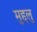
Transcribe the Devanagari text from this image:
मुद्दलु